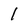
Character: 1